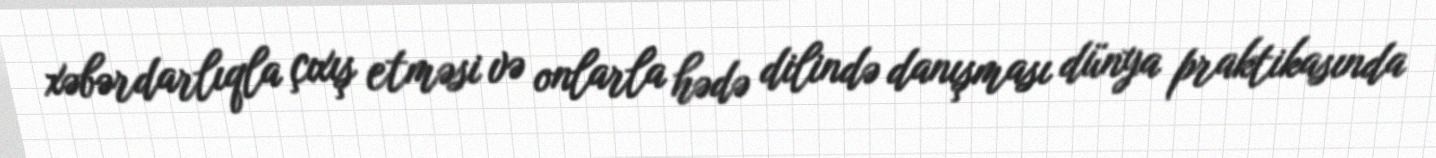
xəbərdarlıqla çıxış etməsi və onlarla hədə dilində danışması dünya praktikasında